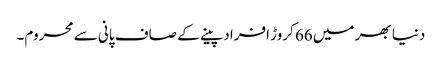
دنیا بھر میں 66 کروڑ افراد پینے کے صاف پانی سے محروم۔